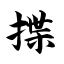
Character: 揲